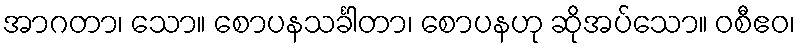
အာဂတာ၊ သော။ စောပနသင်္ခါတာ၊ စောပနဟု ဆိုအပ်သော။ ဝစီဧဝ၊